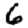
Digit: 6